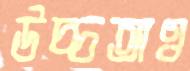
উচ্চতাও